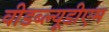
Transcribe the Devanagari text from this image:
वीडब्ल्यूडीएम